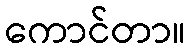
ကောင်တာ။